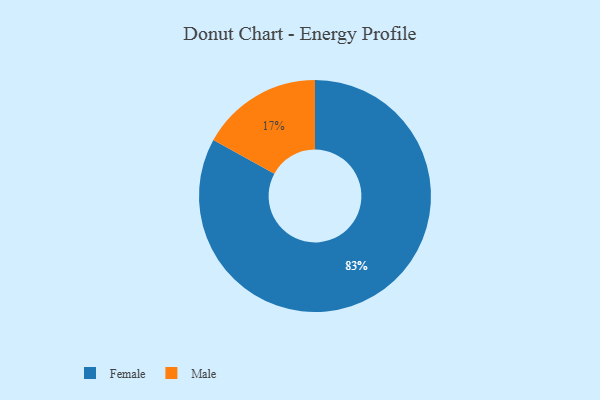
{"axis": {"x": "Category", "y": "Percentage"}, "legend": ["Female", "Male"], "data": [{"x": "Male", "y": 17, "type": "Male"}, {"x": "Female", "y": 83, "type": "Female"}]}